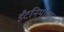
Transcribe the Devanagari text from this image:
ईंटनिर्माता